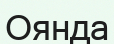
Оянда